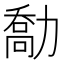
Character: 勪